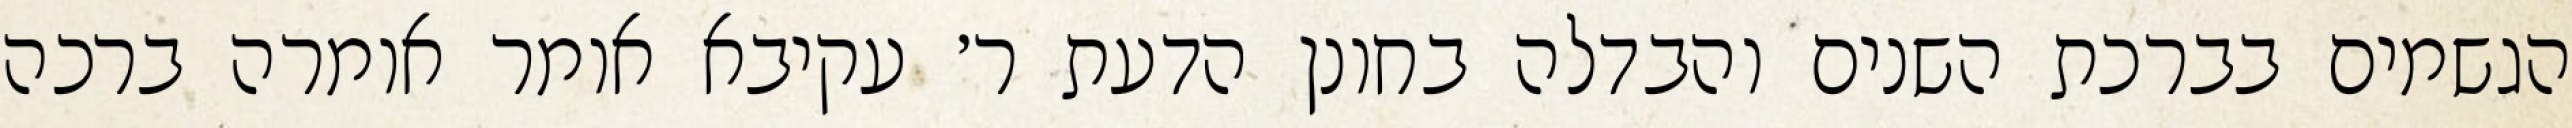
הגשמים בברכת השנים והבדלה בחונן הדעת ר׳ עקיבא אומר אומרה ברכה